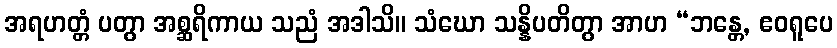
အရဟတ္တံ ပတွာ အစ္ဆရိကာယ သညံ အဒါသိ။ သံဃော သန္နိပတိတွာ အာဟ “ဘန္တေ, ဧဝရူပေ